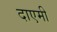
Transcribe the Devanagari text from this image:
दाएमी